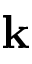
{ \bf k }